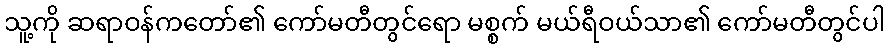
သူ့ကို ဆရာဝန်ကတော်၏ ကော်မတီတွင်ရော မစ္စက် မယ်ရီဝယ်သာ၏ ကော်မတီတွင်ပါ